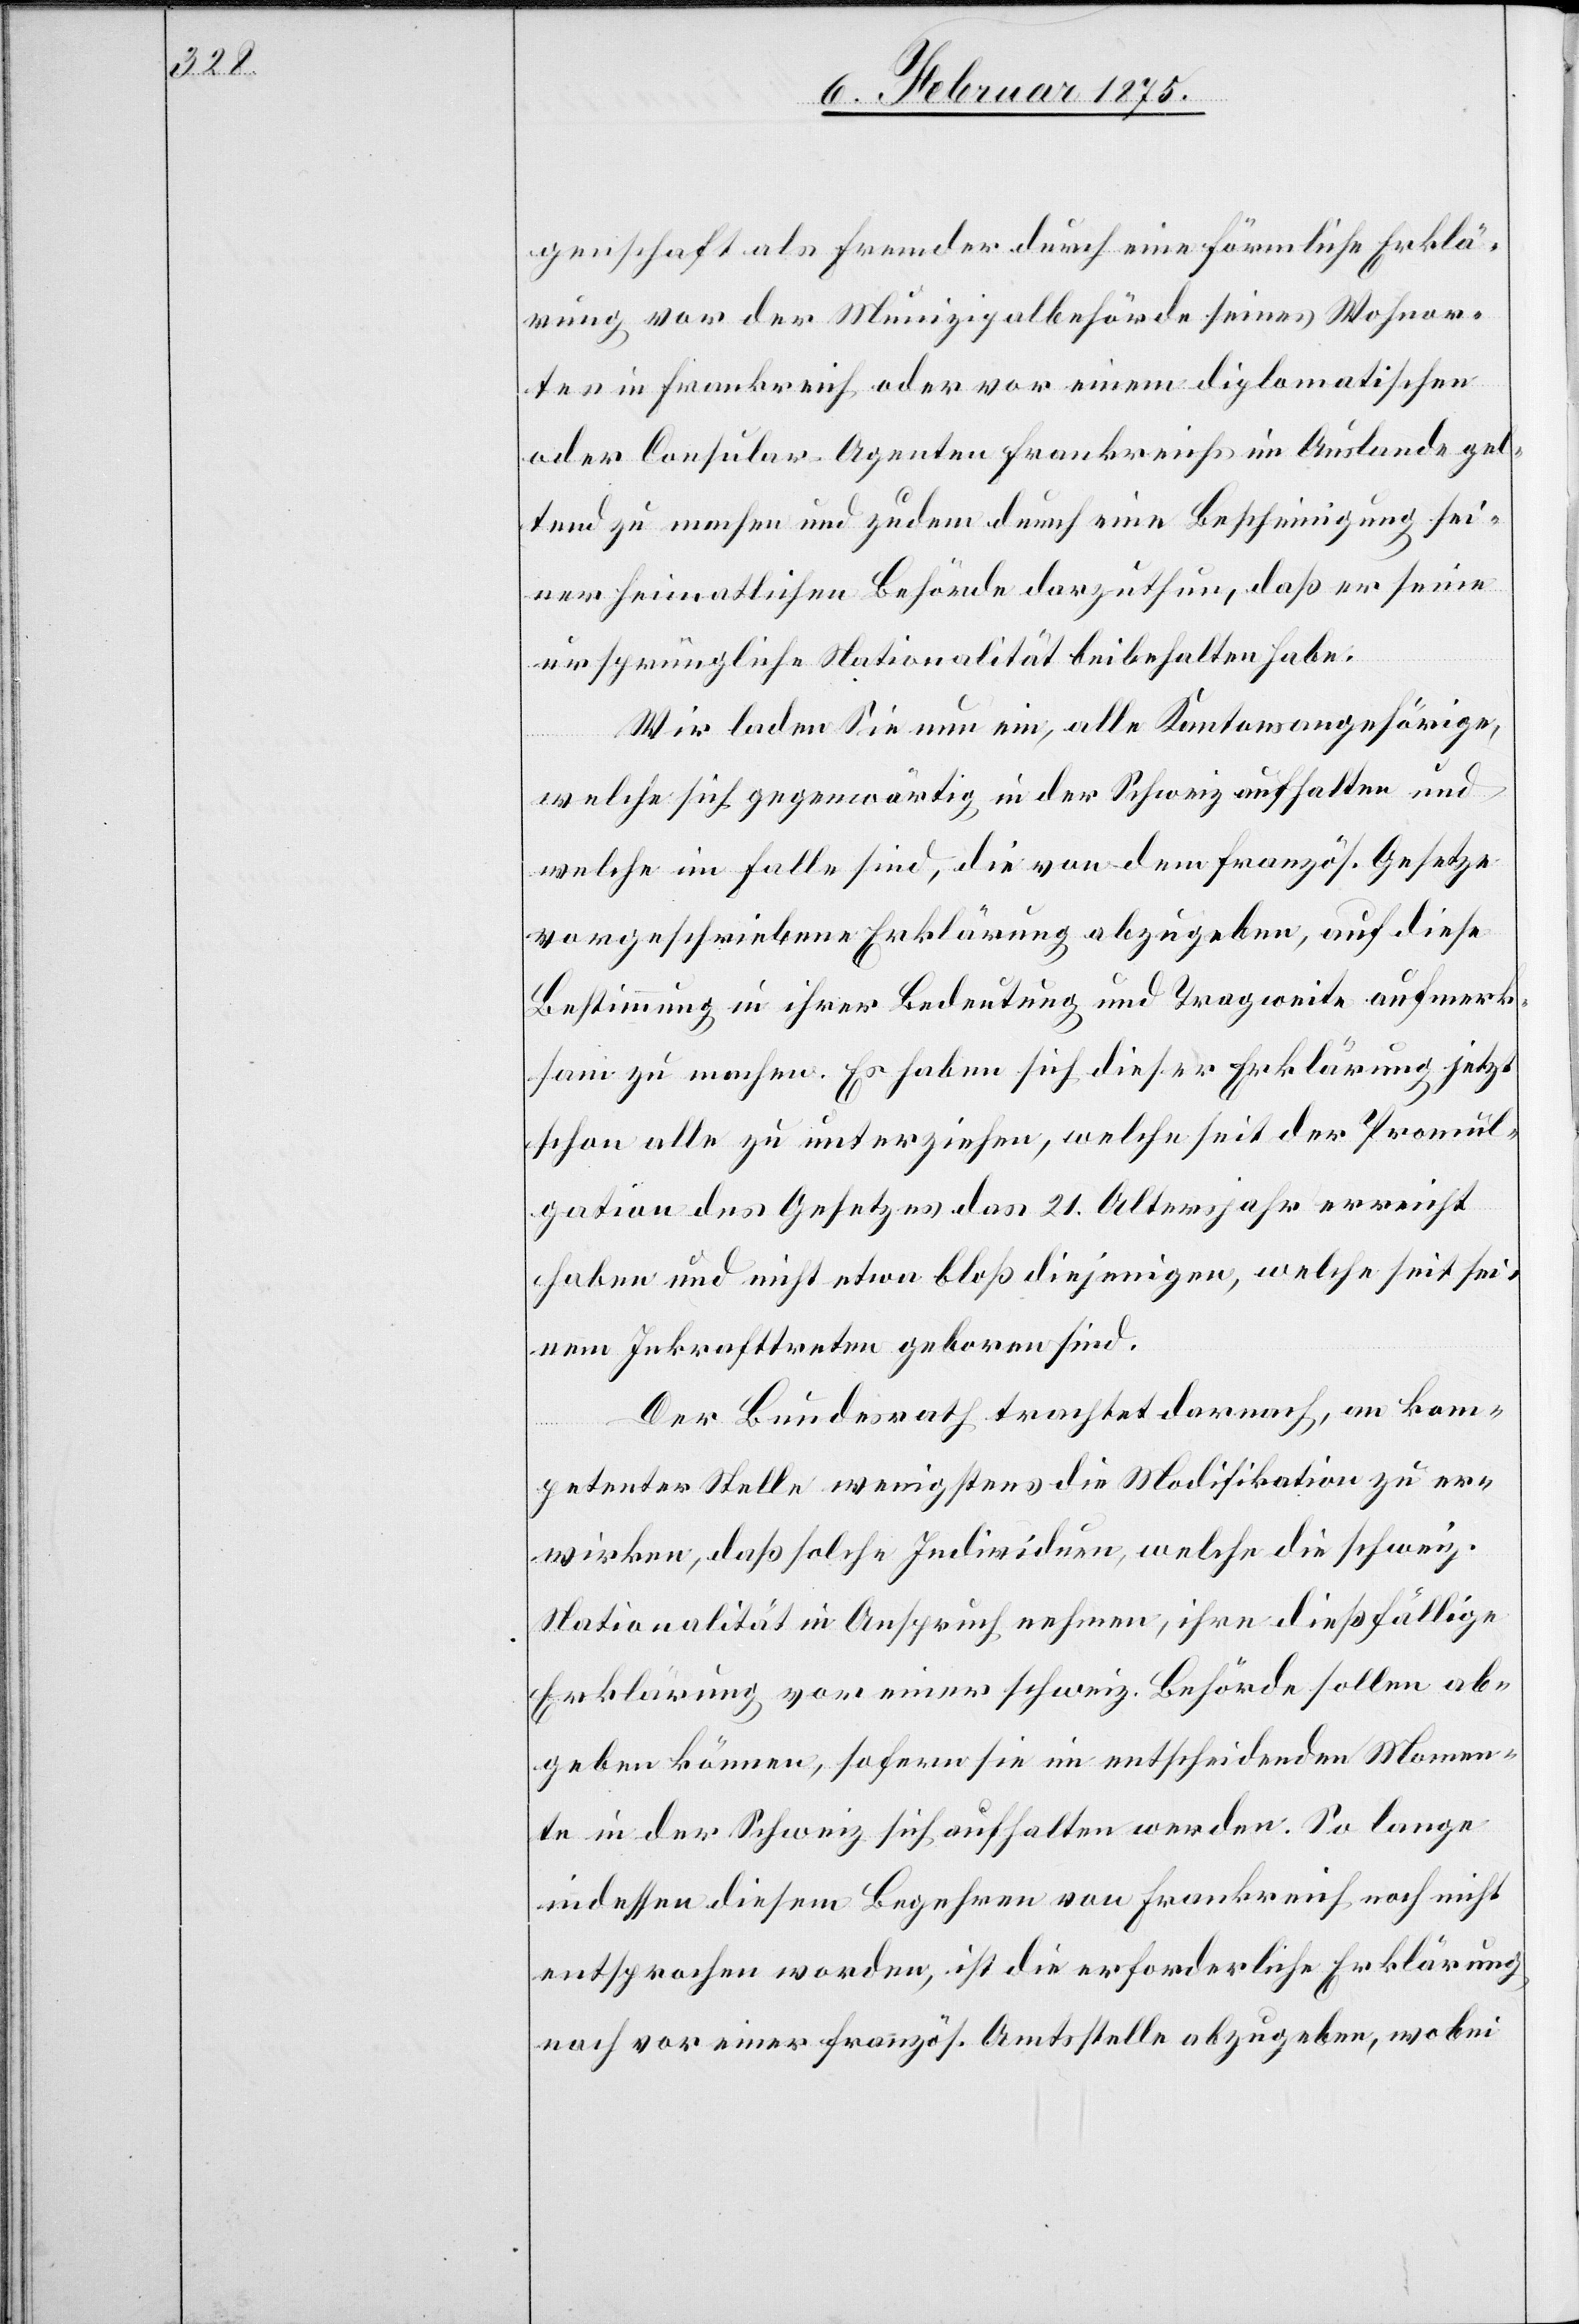
genschaft als Fremder durch eine förmliche Erklä¬
rung vor der Munizipalbehörde seines Wohnor¬
tes in Frankreich oder vor einem diplomatischen
oder Consular-Agenten Frankreichs im Auslande gel¬
tend zu machen und zudem durch eine Bescheinigung sei¬
ner heimatlichen Behörde darzuthun, daß er eine
ursprüngliche Nationalität beibehalten habe.
Wir laden Sie nun ein, alle Kantonsangehörige,
welche sich gegenwärtig in der Schweiz aufhalten und
welche im Falle sind, die von dem französ. Gesetze
vorgeschriebene Erklärung abzugeben, auf diese
Bestimmung in ihrer Bedeutung und Tragweite aufmerk¬
sam zu machen. Es haben sich dieser Erklärung jetzt
schon alle zu unterziehen, welche seit der Promul¬
gation des Gesetzes das 21. Altersjahr erreicht
haben und nicht etwa bloß diejenigen, welche seit sei¬
nem Inkrafttreten geboren sind.
Der Bundesrath trachtet darnach, an kom¬
petenter Stelle wenigstens die Modifikation zu er¬
wirken, daß solche Individuen, welche die schweiz.
Nationalität in Anspruch nehmen, ihre dießfällige
Erklärung vor einer schweiz. Behörde sollen ab¬
geben können, sofern sie im entscheidenden Momen¬
te in der Schweiz sich aufhalten werden. So lange
indessen diesem Begehren von Frankreich noch nicht
entsprochen worden, ist die erforderliche Erklärung
noch vor einer französ. Amtsstelle abzugeben, wobei